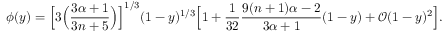
\phi ( y ) = \Big [ 3 \Big ( \frac { 3 \alpha + 1 } { 3 n + 5 } \Big ) \Big ] ^ { 1 / 3 } ( 1 - y ) ^ { 1 / 3 } \Big [ 1 + \frac { 1 } { 3 2 } \frac { 9 ( n + 1 ) \alpha - 2 } { 3 \alpha + 1 } ( 1 - y ) + \mathcal { O } ( 1 - y ) ^ { 2 } \Big ] .